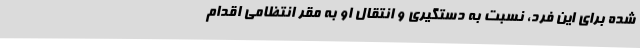
شده برای این فرد، نسبت به دستگیری و انتقال او به مقر انتظامی اقدام